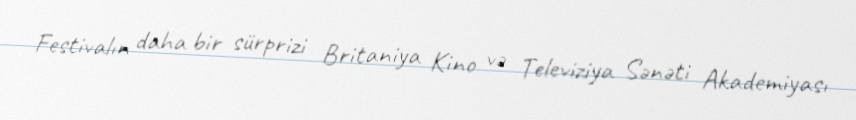
Festivalın daha bir sürprizi Britaniya Kino və Televiziya Sənəti Akademiyası